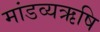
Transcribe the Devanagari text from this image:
मांडव्यऋषि